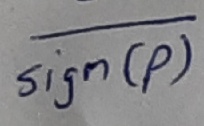
Text: Sign(p)